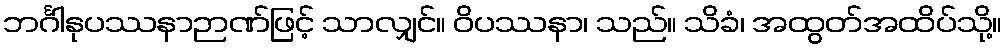
ဘင်္ဂါနုပဿနာဉာဏ်ဖြင့် သာလျှင်။ ဝိပဿနာ၊ သည်။ သိခံ၊ အထွတ်အထိပ်သို့။